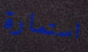
استمارة